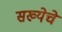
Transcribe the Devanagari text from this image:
सख्येचे